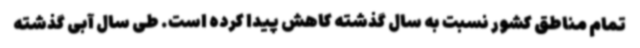
تمام مناطق کشور نسبت به سال گذشته کاهش پیدا کرده است. طی سال آبی گذشته